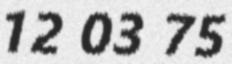
12 03 75